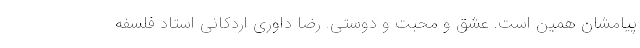
پیامشان همین است. عشق و محبت و دوستی. رضا داوری اردکانی استاد فلسفه